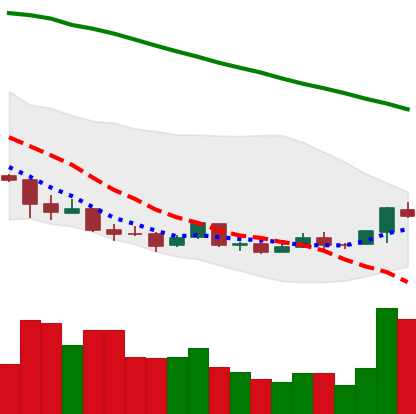
Ticker: ETC-USD
Chart end date: 2018-04-13
Forward return: 12.874%
Label: up_7plus